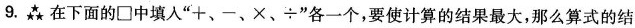
9.在下面的□中填入”+、-、×、÷”各一个，要使计算的结